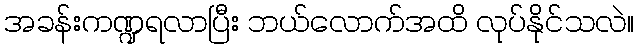
အခန်းကဏ္ဍရလာပြီး ဘယ်လောက်အထိ လုပ်နိုင်သလဲ။